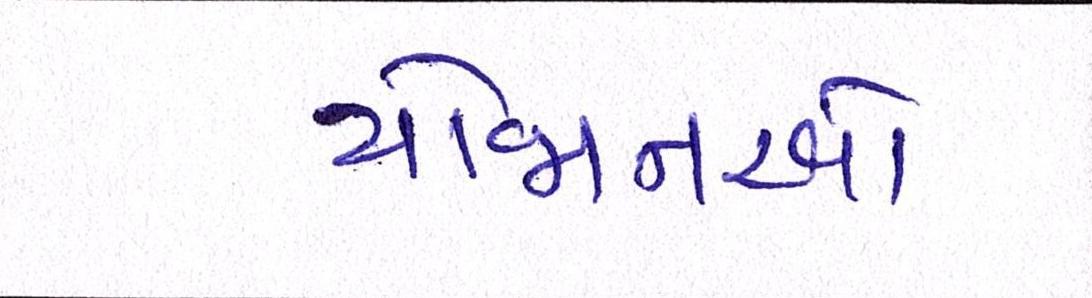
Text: યોજાનઓ